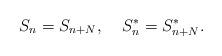
LaTeX: \begin{align*}S_{n}=S_{n+N}, \;\;\;\; S_{n}^{*}=S_{n+N}^{*}.\end{align*}